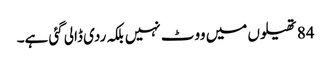
84 تھیلوں میں ووٹ نہیں بلکہ ردی ڈالی گئی ہے۔